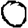
Digit: 0